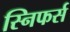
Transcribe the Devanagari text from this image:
स्निफर्स